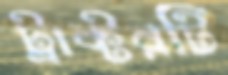
ট্রাক্টরটি